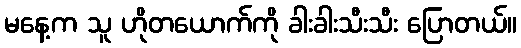
မနေ့က သူ ဟိုတယောက်ကို ခါးခါးသီးသီး ပြောတယ်။